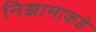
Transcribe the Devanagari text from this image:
निझामाकडे